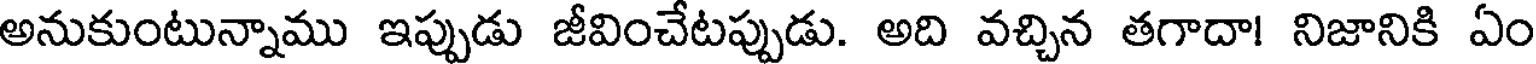
అనుకుంటున్నాము ఇప్పుడు జీవించేటప్పుడు. అది వచ్చిన తగాదా! నిజానికి ఏం